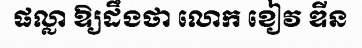
ផល្លា ឱ្យដឹងថា លោក ខៀវ ឌីន